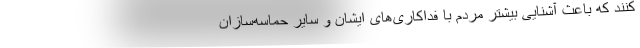
کنند که باعث آشنایی بیشتر مردم با فداکاری‌های ایشان و سایر حماسه‌سازان